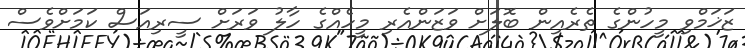
ޒަޚަމްވި މީހުންގެ ތެރެއިން ބޮލަށް ވަޒަންއެރި މީހެއްގެ ހާލު ވަރަށް ސީރިއަސް ކަމަށްވެސް